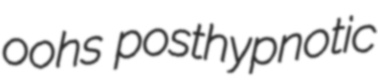
oohs posthypnotic